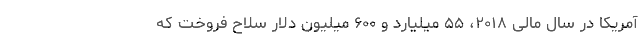
آمریکا در سال مالی ۲۰۱۸، ۵۵ میلیارد و ۶۰۰ میلیون دلار سلاح فروخت که